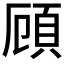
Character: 頋